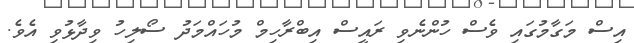
އިސް މަގާމުގައި ވެސް ހުންނެވި ރައީސް އިބްރާހިމް މުހައްމަދު ސޯލިހު ވިދާޅުވި އެވެ.